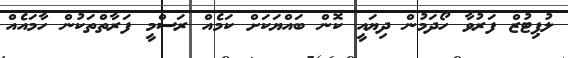
ލުޕިޓުޒް ފަރުވާ ހޯދަމުން ދިޔައީ ކޮން ބައްޔަކަށް ކަމެއް ރަސްމީ ފަރާތްތަކުން ހާމައެއް